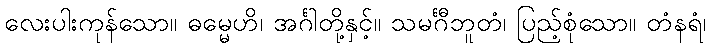
လေးပါးကုန်သော။ ဓမ္မေဟိ၊ အင်္ဂါတို့နှင့်။ သမင်္ဂီဘူတံ၊ ပြည့်စုံသော။ တံနရံ၊